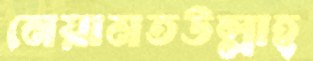
নেয়ামতউল্লাহ্